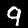
Digit: 9